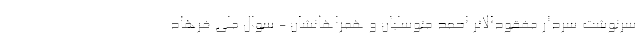
سرنوشت سردار مفقودالاثر احمد متوسلیان و همراهانشان - سوال ملی فرهاد